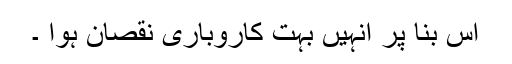
اس بنا پر انہیں بہت کاروباری نقصان ہوا ۔